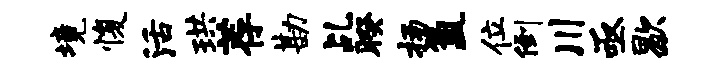
境愎活珙荐勘乩暌扬氲位倒川亟歇